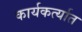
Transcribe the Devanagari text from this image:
कार्यकर्त्‍यात